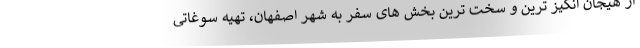
از هیجان انگیز ترین و سخت ترین بخش های سفر به شهر اصفهان، تهیه سوغاتی